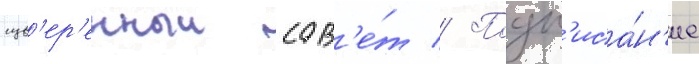
сув'ер'енныи сов'е́т // Подп'иса́н'ие